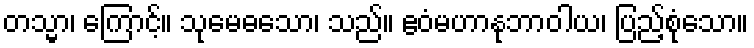
တသ္မာ၊ ကြောင့်။ သုမေဓသော၊ သည်။ ဧဝံမဟာနုဘာဝါယ၊ ပြည့်စုံသော။